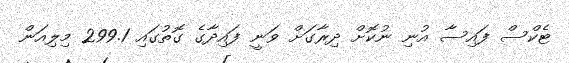
ޓެކްސް ފައިސާ އުނި ނުކޮށް ދިރާގަށް ވަނީ ފައިދާގެ ގޮތުގައި 299.1 މިލިއަން